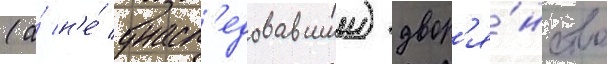
(а́ н'е́ унасл'едовавшии) двор'я́нство